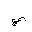
Letter: _ya